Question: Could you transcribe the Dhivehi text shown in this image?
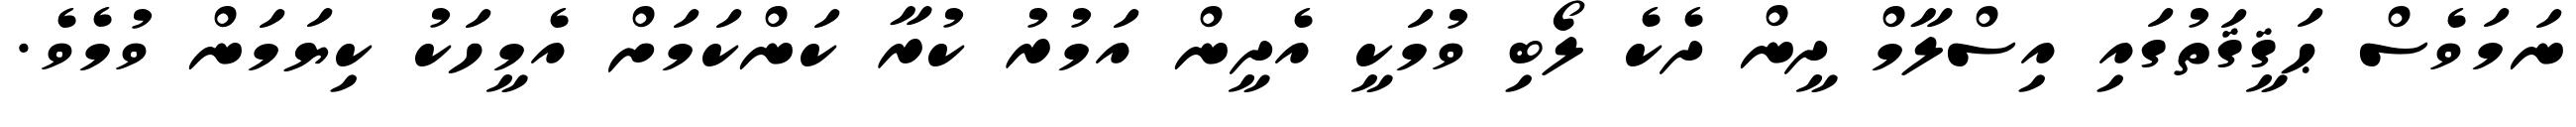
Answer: ނަމަވެސް ޙަޤީޤަތުގައި އިސްލާމް ދީން ދެކެ ލޯބި ވުމަކީ އެދީން އަމުރު ކުރާ ކަންކަމަށް އެމީހަކު ކިޔަމަން ވުމެވެ.